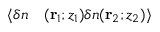
\begin{array} { r l } { \langle \delta n } & { { } ( \mathbf { r } _ { 1 } ; z _ { 1 } ) \delta n ( \mathbf { r } _ { 2 } ; z _ { 2 } ) \rangle } \end{array}